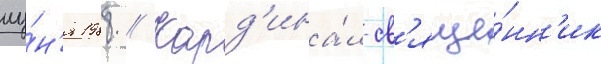
иу́н'я 1988 // Кард'ина́л-св'яще́нн'ик